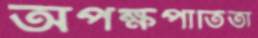
অপক্ষপাতিতা